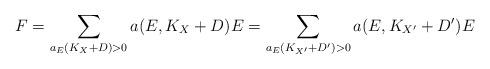
LaTeX: \begin{align*}F= \sum_{a_E(K_X+D)>0}a(E,K_X+D) E = \sum_{a_E(K_{X^\prime}+D^\prime)>0}a(E,K_{X^\prime}+D^\prime) E\end{align*}